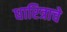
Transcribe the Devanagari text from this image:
धारित्राचे